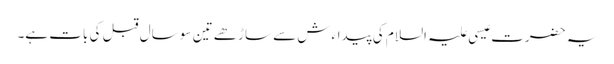
یہ حضرت عیسی علیہ السلام کی پیداءش سے ساڑھے تین سو سال قبل کی بات ہے۔